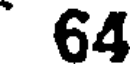
64